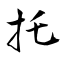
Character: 托